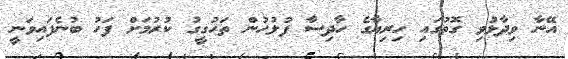
އޭނާ ވިދާޅުވި ގޮތުގައި ހިރިޔާގެ ހާދިސާ ފުލުހުން ތަހުގީގު ކުރުމަށް ފަހު ބުނެފައިވަނީ